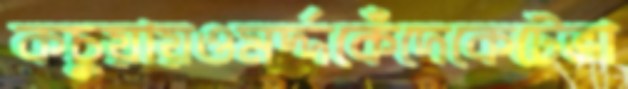
কচুয়ায়ওমর্দ্দকেঁদেকেটেভা